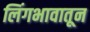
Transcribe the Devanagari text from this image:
लिंगभावातून